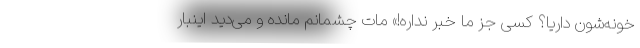
خونه‌شون داریا؟ کسی جز ما خبر نداره!» مات چشمانم مانده و می‌دید اینبار